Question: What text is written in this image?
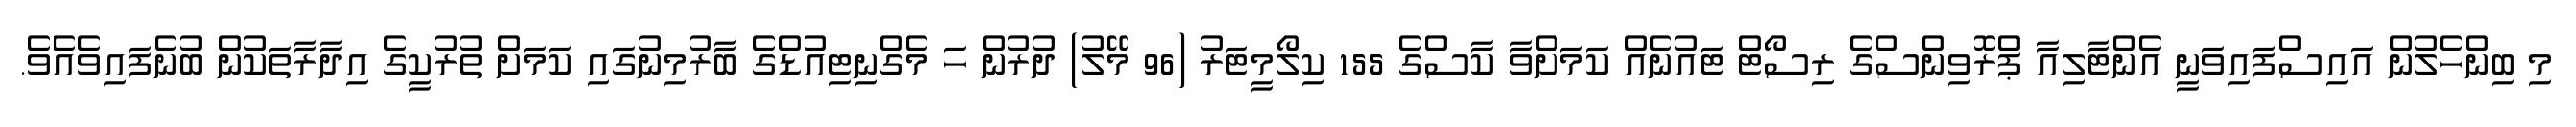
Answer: މި ބިންހެލުން އައިސްފައިވަނީ އެންޓާލިއާ ޕްރޮވިންސްގެ ރިސޯޓް ޓައުނެއް ކަމަށްވާ ކާސްގެ 155 ކިލޯމީޓަރު (96 މޭލު) ދުރުން ހަ މެގްނިޓިއުޑްގެ ބާރުމިނުގައި ކަމަށް ތުރުކީގެ އިދާރާތަކުން ބުނެފައިވެއެވެ.